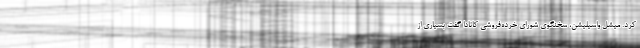
کرد. میشل واسیلیشن، سخنگوی شورای خرده‌فروشی کانادا گفت بسیاری از